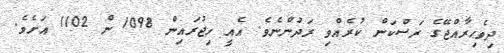
ދިވެހިރާއްޖޭގެ ރަސްކަން ކުރެއްވި ރަދުންނެވެ. އެއީ ހިޖުރައިން 1098 ން 1102 އަށެވެ.